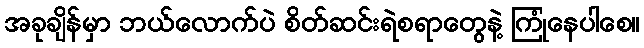
အခုချိန်မှာ ဘယ်လောက်ပဲ စိတ်ဆင်းရဲစရာတွေနဲ့ ကြုံနေပါစေ။